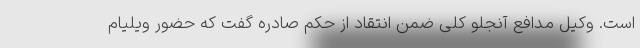
است. وکیل مدافع آنجلو کلی ضمن انتقاد از حکم صادره گفت که حضور ویلیام